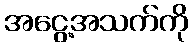
အငွေ့အသက်ကို